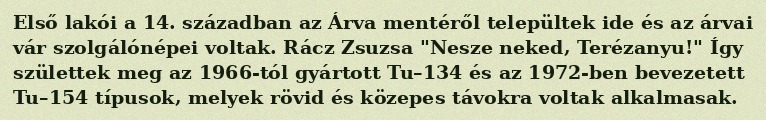
Első lakói a 14. században az Árva mentéről települtek ide és az árvai vár szolgálónépei voltak. Rácz Zsuzsa "Nesze neked, Terézanyu!" Így születtek meg az 1966-tól gyártott Tu–134 és az 1972-ben bevezetett Tu–154 típusok, melyek rövid és közepes távokra voltak alkalmasak.